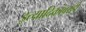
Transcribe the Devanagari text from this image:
इत्यादिकांवरही